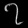
Digit: ၇